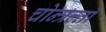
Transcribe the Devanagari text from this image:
चोन्त्रल्तो